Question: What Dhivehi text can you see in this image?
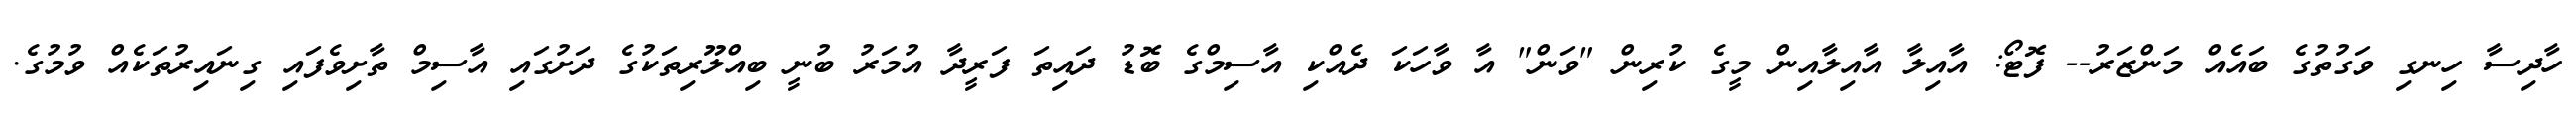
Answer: ހާދިސާ ހިނގި ވަގުތުގެ ބައެއް މަންޒަރު-- ފޮޓޯ: އާއިލާ އާއިލާއިން މީގެ ކުރިން "ވަން" އާ ވާހަކަ ދެއްކި އާސިމްގެ ބޮޑު ދައިތަ ފަރީދާ އުމަރު ބުނީ ބިއްލޫރިތަކުގެ ދަށުގައި އާސިމް ތާށިވެފައި ގިނައިރުތަކެއް ވުމުގެ.